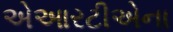
એઆરટીએના